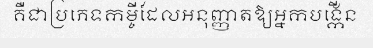
គឺជាប្រភេទកម្ចីដែលអនុញ្ញាតឱ្យអ្នកបង្កើន